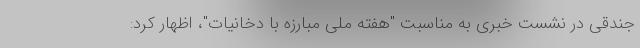
جندقی در نشست خبری به مناسبت "هفته ملی مبارزه با دخانیات"، اظهار کرد: